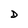
Character: D